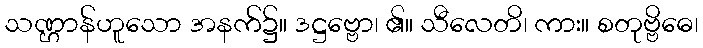
သဏ္ဌာန်ဟူသော အနက်၌။ ဒဋ္ဌဗ္ဗော၊ ၏။ သီလေတိ၊ ကား။ စတုဗ္ဗိဓေ၊